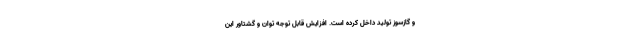
و گازسوز تولید داخل کرده است. افزایش قابل توجه توان و گشتاور این